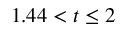
1 . 4 4 < t \le 2